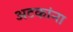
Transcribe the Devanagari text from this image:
अटकांना